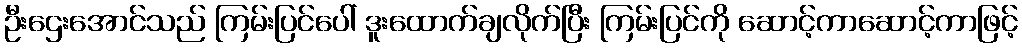
ဦးဌေးအောင်သည် ကြမ်းပြင်ပေါ် ဒူးထောက်ချလိုက်ပြီး ကြမ်းပြင်ကို ဆောင့်ကာဆောင့်ကာဖြင့်